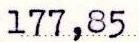
177,85